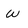
Character: w